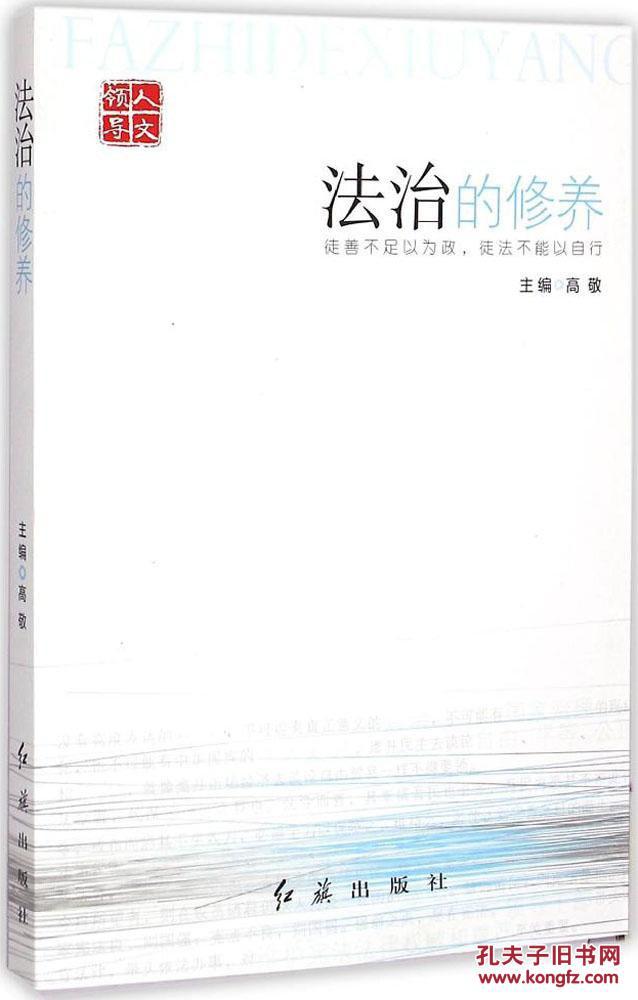
徒善不足以为政，徒法不能以自行。